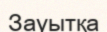
Зауытқа